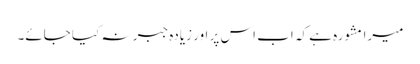
میرا مشورہ ہے کہ اب اس پر اور زیادہ جبر نہ کیا جائے۔